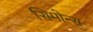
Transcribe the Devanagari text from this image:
सिमोन्स